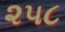
૨૫૮